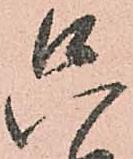
只